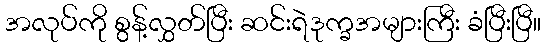
အလုပ်ကို စွန့်လွှတ်ပြီး ဆင်းရဲဒုက္ခအများကြီး ခံပြီးပြီ။